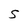
Character: S